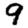
Digit: 9